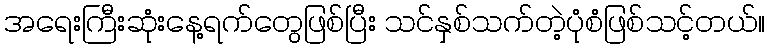
အရေးကြီးဆုံးနေ့ရက်တွေဖြစ်ပြီး သင်နှစ်သက်တဲ့ပုံစံဖြစ်သင့်တယ်။